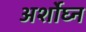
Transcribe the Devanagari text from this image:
अर्शोघ्न